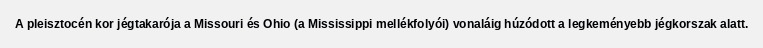
A pleisztocén kor jégtakarója a Missouri és Ohio (a Mississippi mellékfolyói) vonaláig húzódott a legkeményebb jégkorszak alatt.